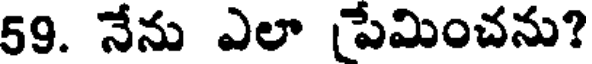
59. నేను ఎలా పేమించను?